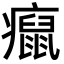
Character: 癙